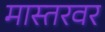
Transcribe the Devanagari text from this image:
मास्तरवर